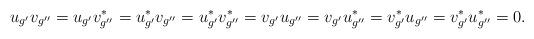
LaTeX: \begin{align*}u_{g'}v_{g''}=u_{g'}v^*_{g''}=u^*_{g'}v_{g''}=u^*_{g'}v^*_{g''}=v_{g'}u_{g''}=v_{g'}u^*_{g''}=v^*_{g'}u_{g''}=v^*_{g'}u^*_{g''}=0.\end{align*}